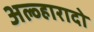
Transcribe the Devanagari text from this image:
अल्व्हारादो